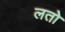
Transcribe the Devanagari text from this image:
लतो